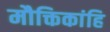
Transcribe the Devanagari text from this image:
मौक्तिकांहि